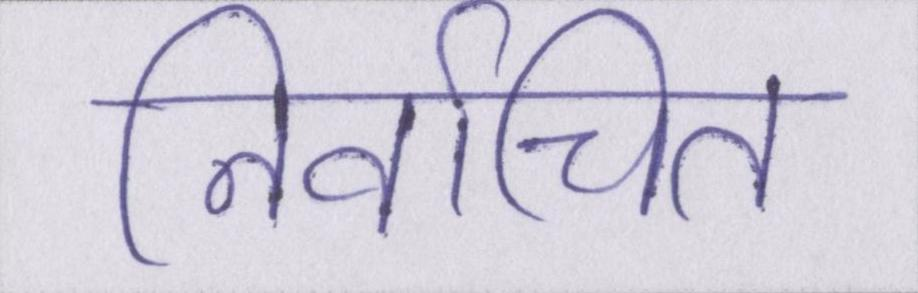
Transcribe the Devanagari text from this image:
निर्वाचित